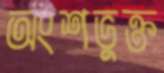
অংশভুক্ত